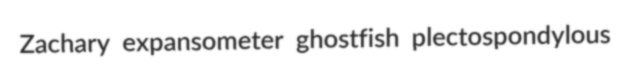
Zachary expansometer ghostfish plectospondylous